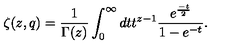
\zeta ( z , q ) = \frac { 1 } { \Gamma ( z ) } \int _ { 0 } ^ { \infty } d t t ^ { z - 1 } \frac { e ^ { \frac { - t } { 2 } } } { 1 - e ^ { - t } } .